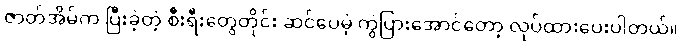
ဇာတ်အိမ်က ပြီးခဲ့တဲ့ စီးရီးတွေတိုင်း ဆင်ပေမဲ့ ကွဲပြားအောင်တော့ လုပ်ထားပေးပါတယ်။